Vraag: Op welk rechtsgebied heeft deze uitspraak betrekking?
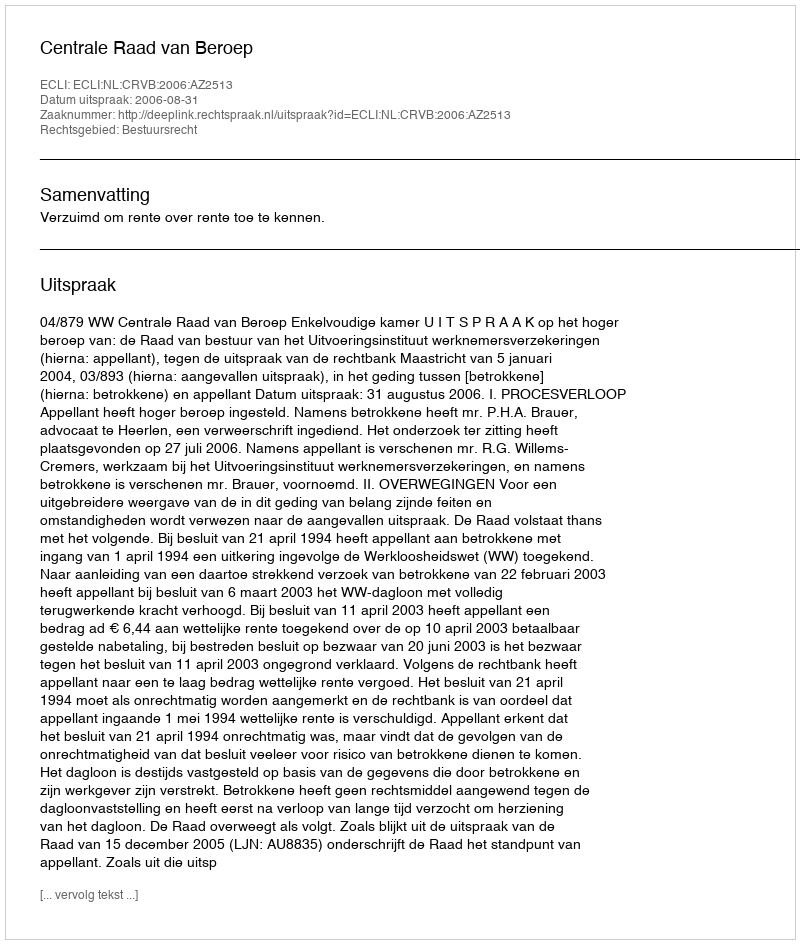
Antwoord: Bestuursrecht